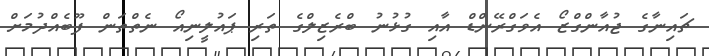
ޗައިނާގެ ޖުއާންގްޒޯ އެވަގްރޭންޑް އާއި ގުޅުނު ބްރެޒިލްގެ ތަރި ޕައުލީނިއޯ ނެތްތަން ފޫބެއްދުމަށް